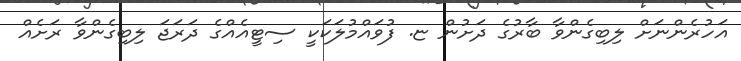
އަހުރެންނަށް ލިބިގެންވާ ބާރުގެ ދަށުން ޏ. ފުވައްމުލަކަކީ ސިޓީއެއްގެ ދަރަޖަ ލިބިގެންވާ ރަށެއް